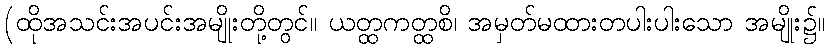
(ထိုအသင်းအပင်းအမျိုးတို့တွင်။ ယတ္ထကတ္ထစိ၊ အမှတ်မထားတပါးပါးသော အမျိုး၌။